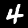
Digit: 4